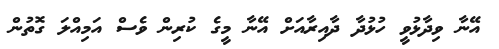
އޭނާ ވިދާޅުވީ ހުޅުދާ ދާއިރާއަށް އޭނާ މީގެ ކުރިން ވެސް އަމިއްލަ ގޮތުން